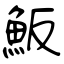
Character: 魬